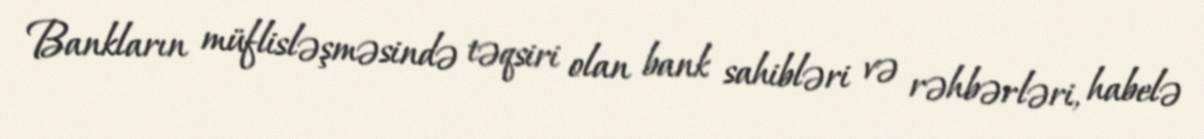
Bankların müflisləşməsində təqsiri olan bank sahibləri və rəhbərləri, habelə